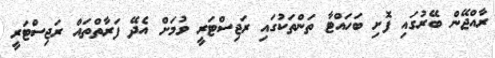
ރާއްޖޭން ބޭރުގައި ފޮށި ބަހައްޓާ ތަންތަކުގައި ރަޖިސްޓަރީ ވުމަށް އެދޭ ފަރާތްތައް ރަޖިސްޓަރީ